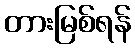
တားမြစ်ရန်